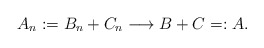
\begin{align*}A_n := B_n + C_n \longrightarrow B+C =:A .\end{align*}